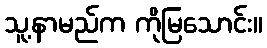
သူ့နာမည်က ကိုမြသောင်း။